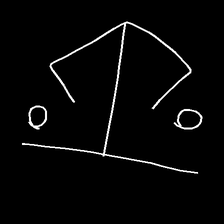
Glyph: earth